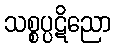
သစ္စပ္ပဋိညော